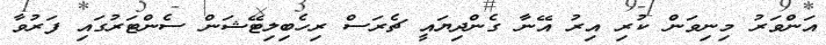
އަންވަރު މިނިވަން ކުރި އިރު އޭނާ ގެންދިޔައީ ޗެރަސް ރިހެބިލިޓޭޝަން ސެންޓަރުގައި ފަރުވާ